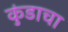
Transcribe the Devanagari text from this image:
कुंडाचा